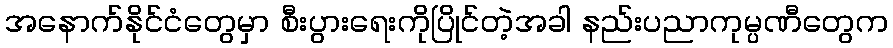
အနောက်နိုင်ငံတွေမှာ စီးပွားရေးကိုပြိုင်တဲ့အခါ နည်းပညာကုမ္ပဏီတွေက